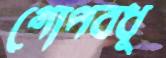
গোপবধূ